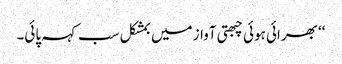
‘‘ بھرائی ہوئی چبھتی آواز میں بمشکل سب کہہ پائی۔